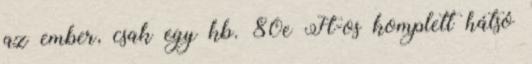
az ember, csak egy kb. 80e Ft-os komplett hátsó